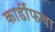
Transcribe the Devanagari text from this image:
कार्डीफचा